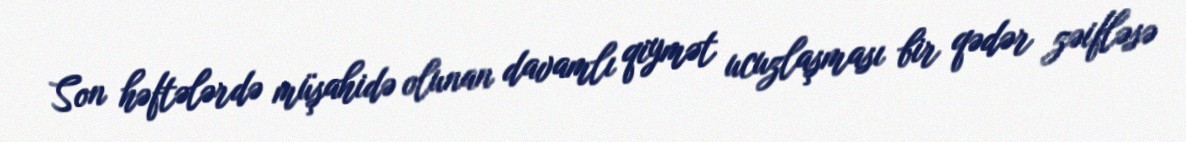
Son həftələrdə müşahidə olunan davamlı qiymət ucuzlaşması bir qədər zəifləsə